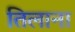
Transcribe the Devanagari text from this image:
तिलाना